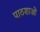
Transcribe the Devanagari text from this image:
पाठशाओं